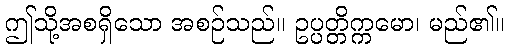
ဤသို့အစရှိသော အစဉ်သည်။ ဥပ္ပတ္တိက္ကမော၊ မည်၏။